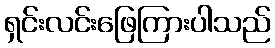
ရှင်းလင်းဖြေကြားပါသည်